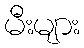
မီးများ